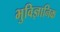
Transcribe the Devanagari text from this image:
भुविज्ञानिक